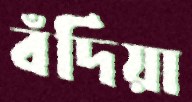
বঁদিয়া